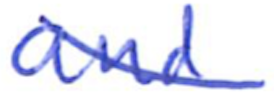
Text: and
Cross-out: diagonal
Writing tool: ballpoint